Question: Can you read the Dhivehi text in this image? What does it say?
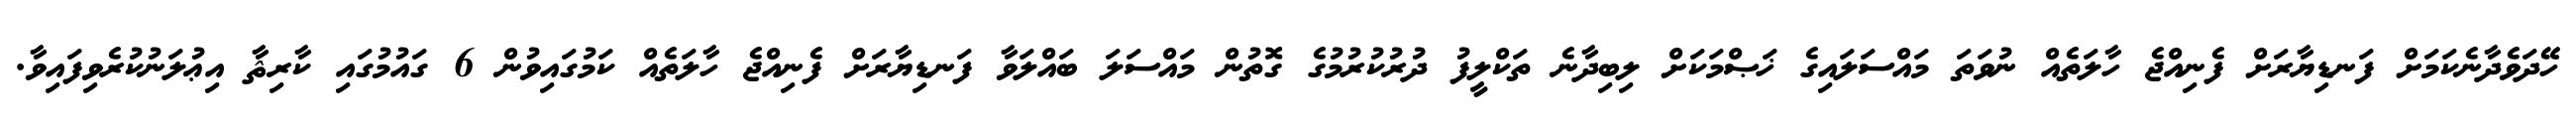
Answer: ހޭދަވެދާނެކަމަށް ފަނޑިޔާރަށް ފެނިއްޖެ ހާލަތެއް ނުވަތަ މައްސަލައިގެ ޚަޞްމަކަށް ލިބިދާނެ ތަކްލީފު ދުރުކުރުމުގެ ގޮތުން މައްސަލަ ބައްލަވާ ފަނޑިޔާރަށް ފެނިއްޖެ ހާލަތެއް ކަމުގައިވުން 6 ގައުމުގައި ކާރިޘާ އިޢުލަނުކުރެވިފައިވާ.